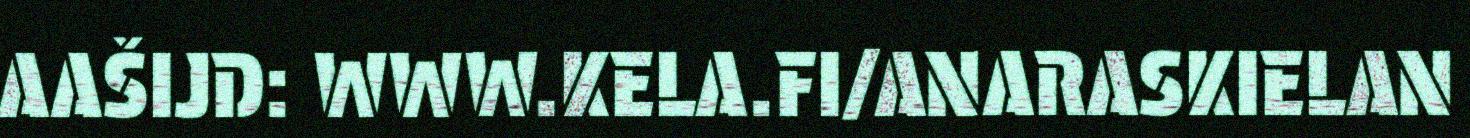
AAŠIJD: WWW.KELA.FI/ANARASKIELAN